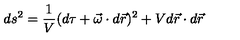
d s ^ { 2 } = \frac { 1 } { V } ( d \tau + \vec { \omega } \cdot d \vec { r } ) ^ { 2 } + V d \vec { r } \cdot d \vec { r }